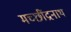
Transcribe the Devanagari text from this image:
मच्छींद्रनाथ